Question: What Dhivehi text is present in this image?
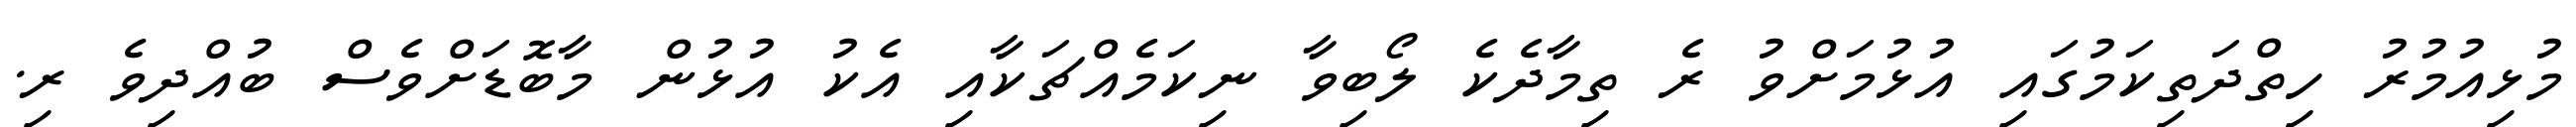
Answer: މުޅިއުމުރު ހިތްދަތިކަމުގައި އުޅުމަށްވު ރެ ތިމާދެކެ ލޯބިވާ ނިކަމެއްޗަކާއި އެކު އުޅުން މާބޮޑަށްވެސް ބުއްދިވެ ރި.